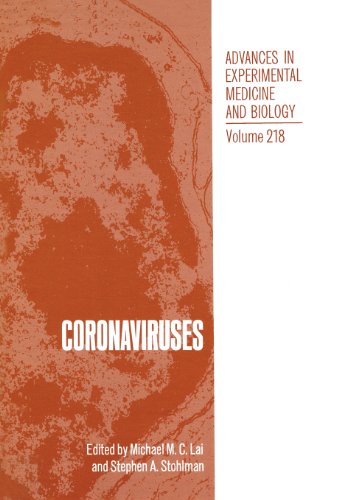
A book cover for Coronaviruses (Advances in Experimental Medicine and Biology); Medical Books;